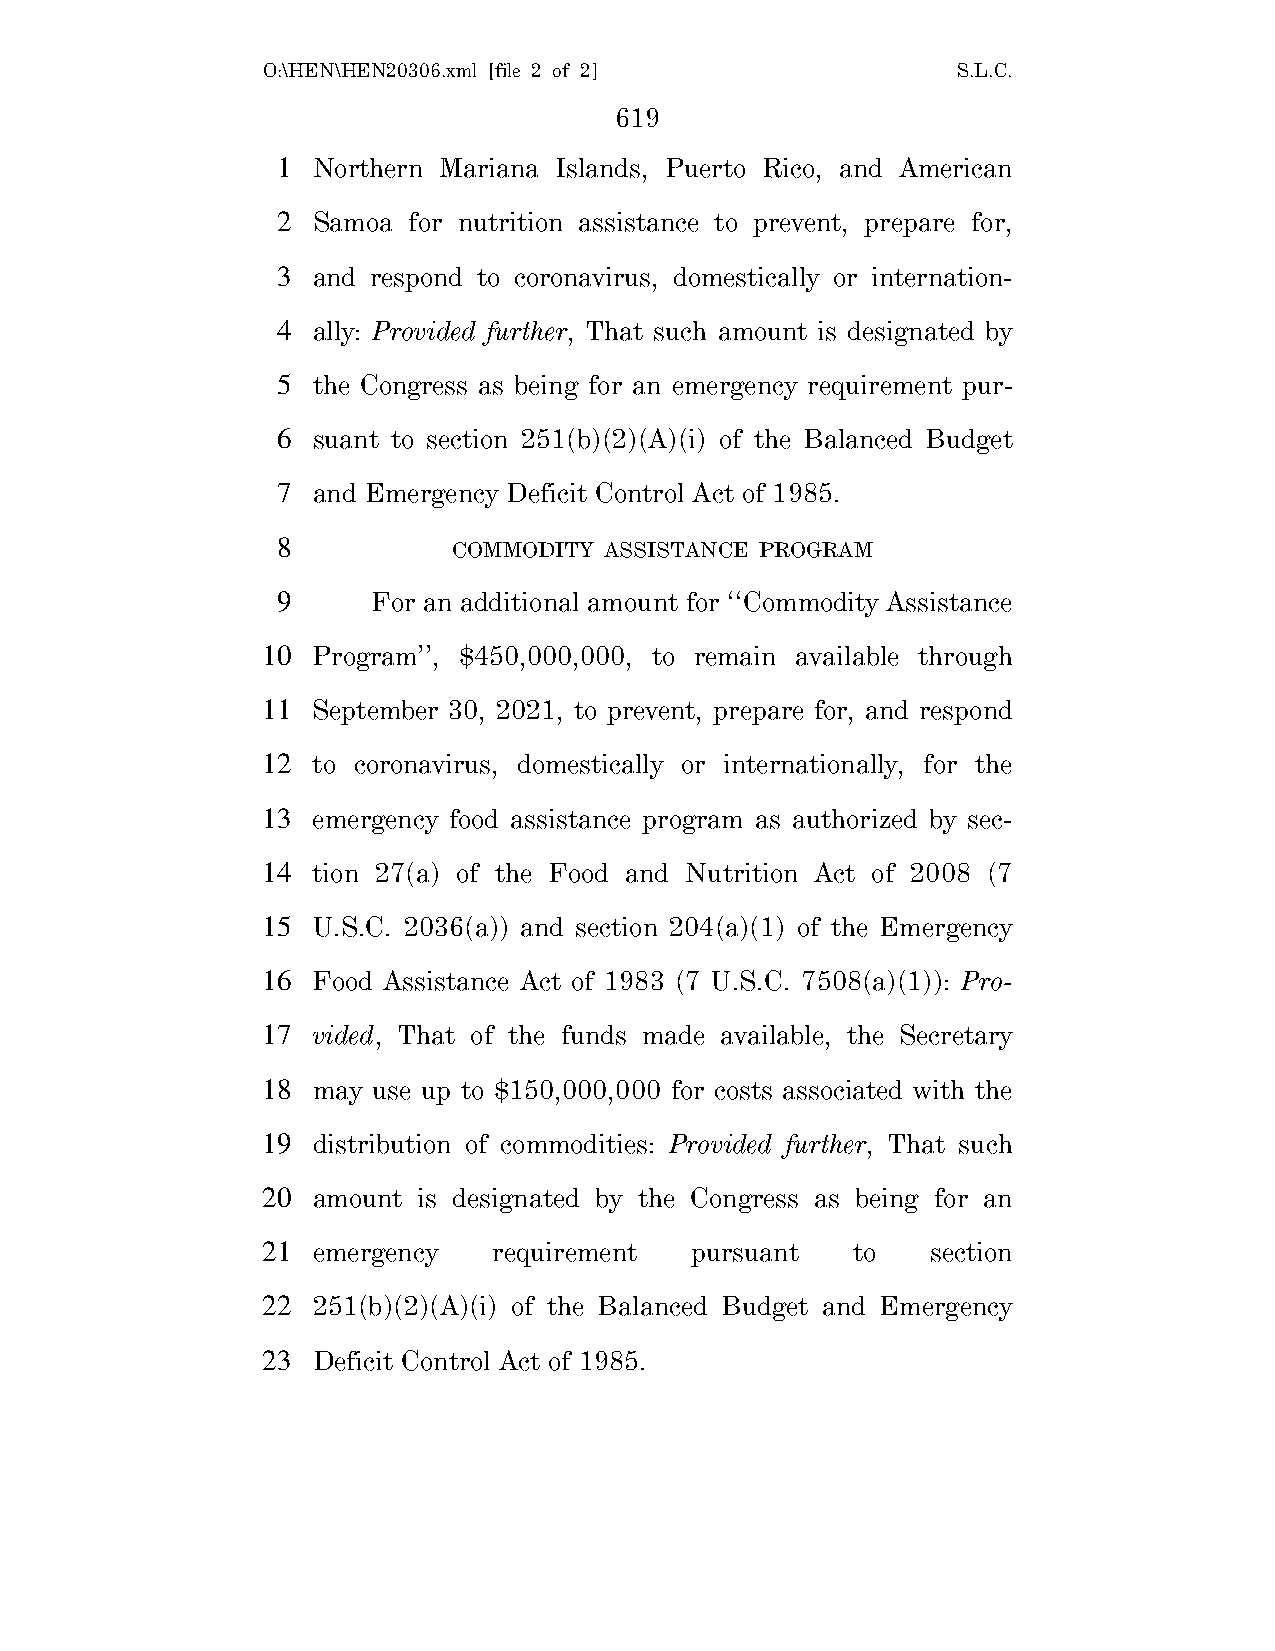
O:\HEN\HEN20306.xml [file 2 of 2]             S.L.C.
 619
 1  Northern Mariana Islands, Puerto Rico, and American
 2  Samoa for nutrition assistance to prevent, prepare for,
 3  and respond to coronavirus, domestically or internation-
 4  ally: Provided further, That such amount is designated by
 5  the Congress as being for an emergency requirement pur-
 6  suant to section 251(b)(2)(A)(i) of the Balanced Budget
 7  and Emergency Deficit Control Act of 1985.
 8           COMMODITY ASSISTANCE PROGRAM
 9      For an additional amount for ‘‘Commodity Assistance
 10  Program’’, $450,000,000, to remain available through
 11  September 30, 2021, to prevent, prepare for, and respond
 12  to coronavirus, domestically or internationally, for the
 13  emergency food assistance program as authorized by sec-
 14  tion 27(a) of the Food and Nutrition Act of 2008 (7
 15  U.S.C. 2036(a)) and section 204(a)(1) of the Emergency
 16  Food Assistance Act of 1983 (7 U.S.C. 7508(a)(1)): Pro-
 17  vided, That of the funds made available, the Secretary
 18  may use up to $150,000,000 for costs associated with the
 19  distribution of commodities: Provided further, That such
 20  amount is designated by the Congress as being for an
 21  emergency   requirement  pursuant  to    section
 22  251(b)(2)(A)(i) of the Balanced Budget and Emergency
 23  Deficit Control Act of 1985.